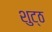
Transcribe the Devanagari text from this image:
शुट्ठ